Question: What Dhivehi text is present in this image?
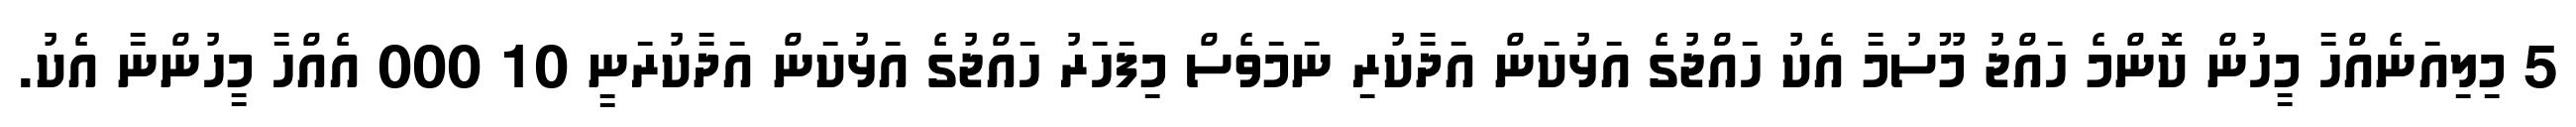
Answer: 5 މިލިއަނެއްހާ މީހުން ކޮންމެ ހައްޖު މޫސުމާ އެކު ހައްޖުގެ އަޅުކަން އަދާކުރި ނަމަވެސް މިފަހަރު ހައްޖުގެ އަޅުކަން އަދާކުރަނީ 10 000 އެއްހާ މީހުންނާ އެކު.